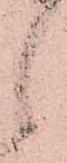
候